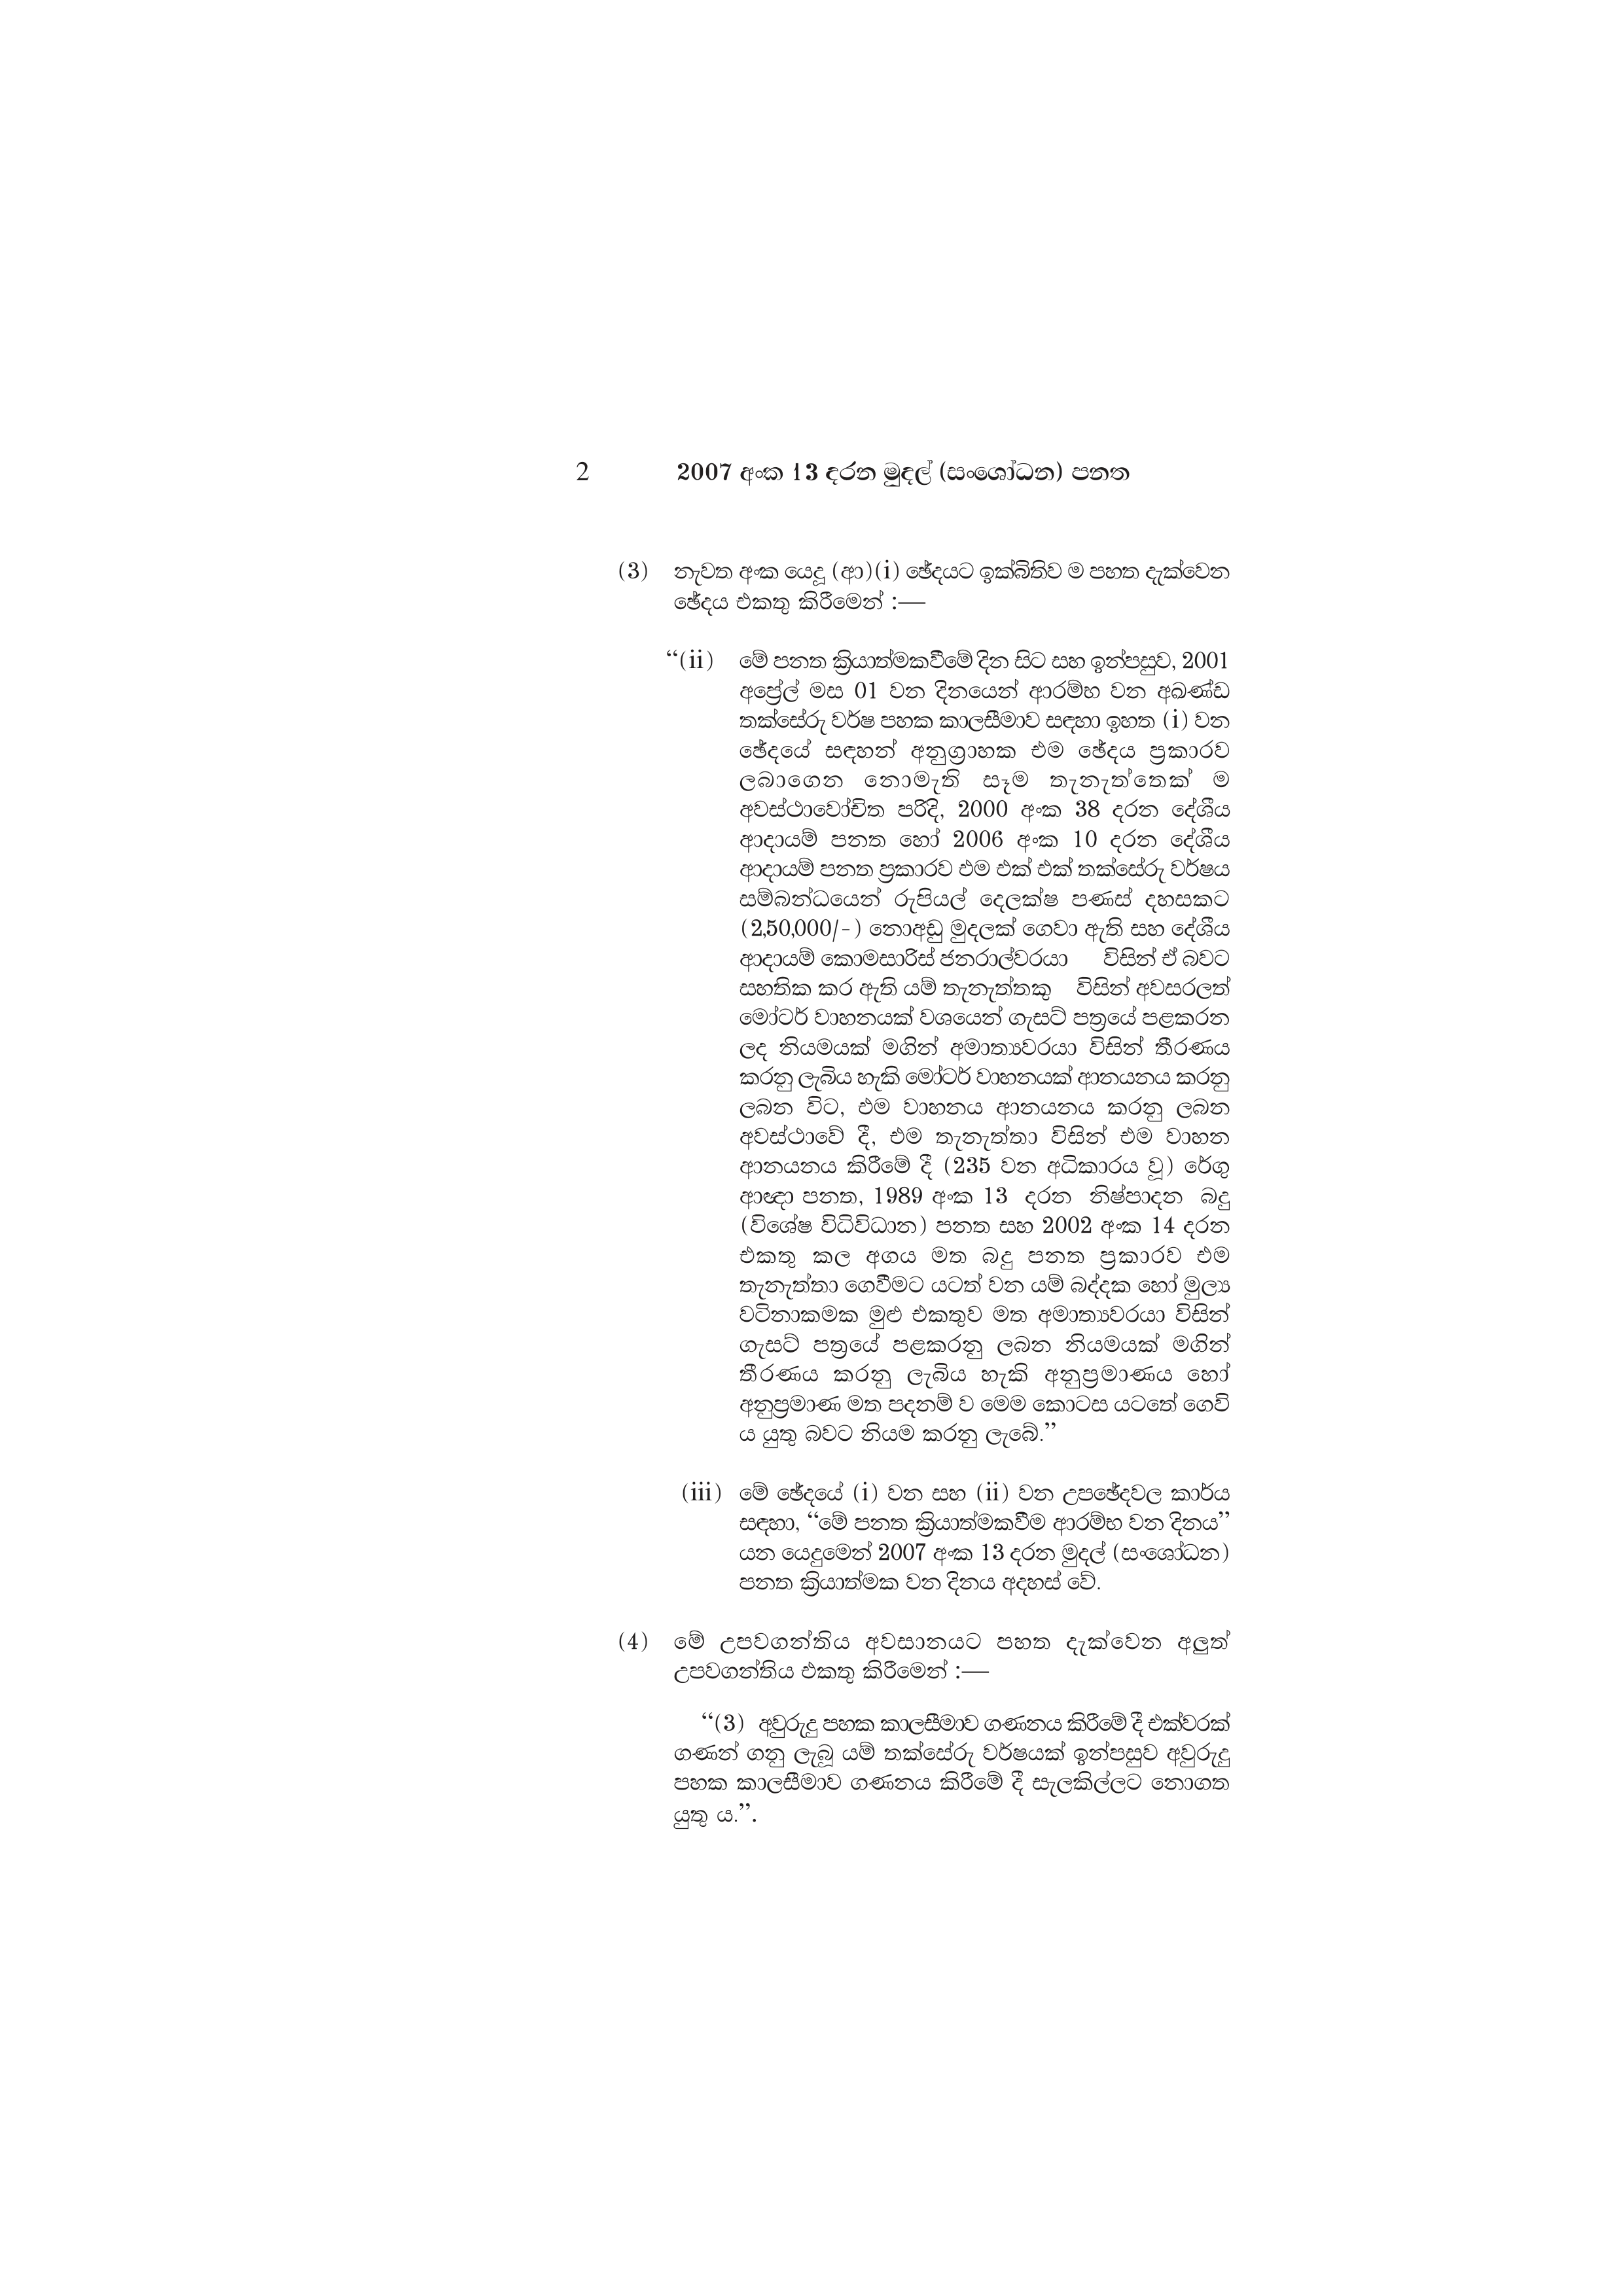
2007 අංක 13 දරන මුදල් (සංශෝධන) පනත

(3) නැවත අංක යෙදූ (ආ)(i) ඡේදයට ඉක්බිතිව ම පහත දැක්වෙන
ඡේදය එකතු කිරීමෙන් :—

“(ii) මේ පනත ක්‍රියාත්මකවීමේ දින සිට සහ ඉන්පසුව, 2001
අප්‍රේල් මස 01 වන දිනයෙන් ආරම්භ වන අඛණ්ඩ
තක්සේරු වර්ෂ පහක කාලසීමාව සඳහා ඉහත (i) වන
ඡේදයේ සඳහන් අනුග්‍රාහක එම ඡේදය ප්‍රකාරව
ලබාගෙන නොමැති සෑම තැනැත්තෙක් ම
අවස්ථාවෝචිත පරිදි, 2000 අංක 38 දරන දේශීය
ආදායම් පනත හෝ 2006 අංක 10 දරන දේශීය
ආදායම් පනත ප්‍රකාරව එම එක් එක් තක්සේරු වර්ෂය
සම්බන්ධයෙන් රුපියල් දෙලක්ෂ පණස් දහසකට
(2,50,000/–) නොඅඩු මුදලක් ගෙවා ඇති සහ දේශීය
ආදායම් කොමසාරිස් ජනරාල්වරයා විසින් ඒ බවට
සහතික කර ඇති යම් තැනැත්තකු විසින් අවසරලත්
මෝටර් වාහනයක් වශයෙන් ගැසට් පත්‍රයේ පළකරන
ලද නියමයක් මගින් අමාත්‍යවරයා විසින් තීරණය
කරනු ලැබිය හැකි මෝටර් වාහනයක් ආනයනය කරනු
ලබන විට, එම වාහනය ආනයනය කරනු ලබන
අවස්ථාවේ දී, එම තැනැත්තා විසින් එම වාහන
ආනයනය කිරීමේ දී (235 වන අධිකාරය වූ) රේගු
ආඥා පනත, 1989 අංක 13 දරන නිෂ්පාදන බදු
(විශේෂ විධිවිධාන) පනත සහ 2002 අංක 14 දරන
එකතු කල අගය මත බදු පනත ප්‍රකාරව එම
තැනැත්තා ගෙවීමට යටත් වන යම් බද්දක හෝ මුල්‍ය
වටිනාකමක මුළු එකතුව මත අමාත්‍යවරයා විසින්
ගැසට් පත්‍රයේ පළකරනු ලබන නියමයක් මගින්
තීරණය කරනු ලැබිය හැකි අනුප්‍රමාණය හෝ
අනුප්‍රමාණ මත පදනම් ව මෙම කොටස යටතේ ගෙවි
ය යුතු බවට නියම කරනු ලැබේ.”

(iii) මේ ඡේදයේ (i) වන සහ (ii) වන උපඡේදවල කාර්ය
සඳහා, “මේ පනත ක්‍රියාත්මකවීම ආරම්භ වන දිනය”
යන යෙදුමෙන් 2007 අංක 13 දරන මුදල් (සංශෝධන)
පනත ක්‍රියාත්මක වන දිනය අදහස් වේ.

(4) මේ උපවගන්තිය අවසානයට පහත දැක්වෙන අලුත්
උපවගන්තිය එකතු කිරීමෙන් :—

“(3) අවුරුදු පහක කාලසීමාව ගණනය කිරීමේ දී එක්වරක්
ගණන් ගනු ලැබූ යම් තක්සේරු වර්ෂයක් ඉන්පසුව අවුරුදු
පහක කාලසීමාව ගණනය කිරීමේ දී සැලකිල්ලට නොගත
යුතු ය.”.